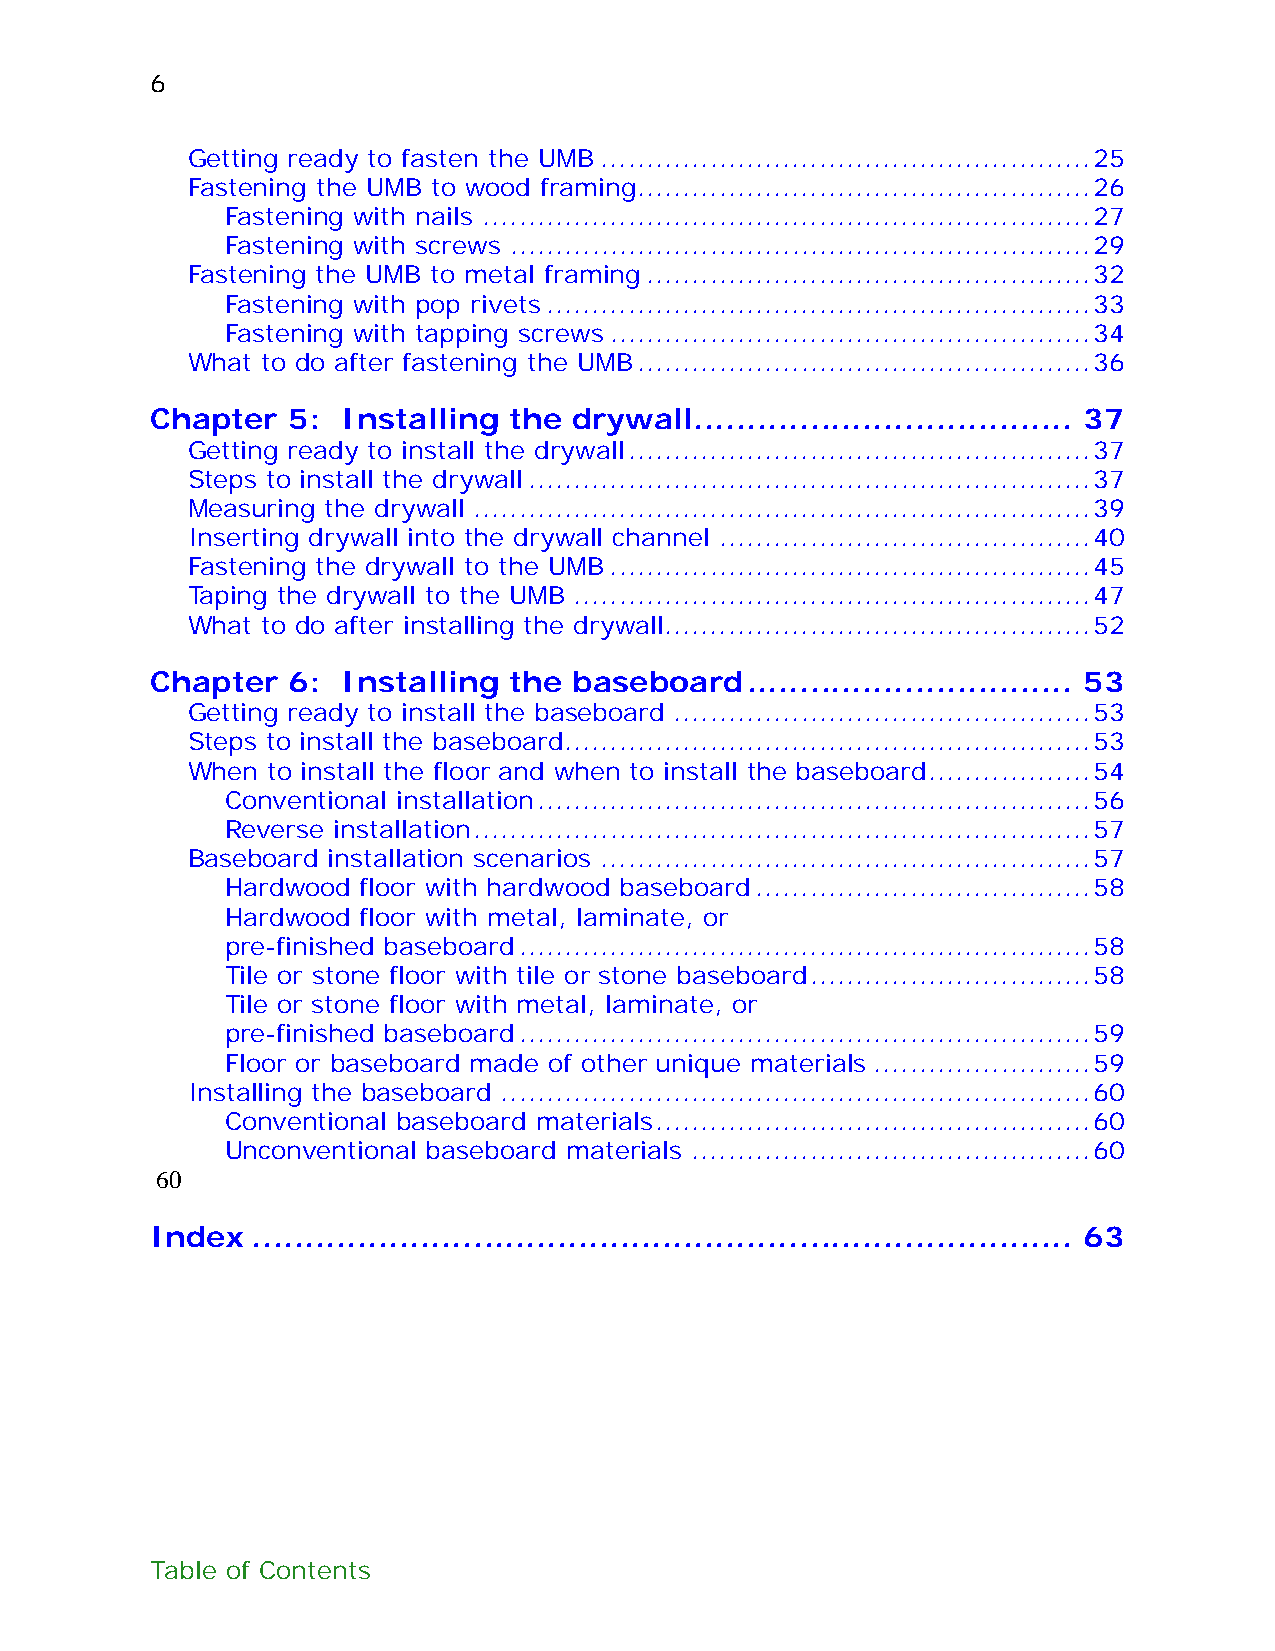
6
 Getting ready to fasten the UMB......................................................25
 Fastening the UMB to wood framing..................................................26
 Fastening with nails ...................................................................27
 Fastening with screws ................................................................29
 Fastening the UMB to metal framing.................................................32
 Fastening with pop rivets............................................................33
 Fastening with tapping screws.....................................................34
 What to do after fastening the UMB..................................................36
 Chapter  5:  Installing the drywall.................................... 37
 Getting ready to install the drywall...................................................37
 Steps to install the drywall..............................................................37
 Measuring the drywall ....................................................................39
 Inserting drywall into the drywall channel .........................................40
 Fastening the drywall to the UMB.....................................................45
 Taping the drywall to the UMB .........................................................47
 What to do after installing the drywall...............................................52
 Chapter  6:  Installing the baseboard............................... 53
 Getting ready to install the baseboard ..............................................53
 Steps to install the baseboard..........................................................53
 When  to install the floor and when to install the baseboard..................54
 Conventional installation.............................................................56
 Reverse installation....................................................................57
 Baseboard installation scenarios ......................................................57
 Hardwood floor with hardwood baseboard.....................................58
 Hardwood floor with metal, laminate, or
 pre-finished baseboard...............................................................58
 Tile or stone floor with tile or stone baseboard...............................58
 Tile or stone floor with metal, laminate, or
 pre-finished baseboard...............................................................59
 Floor or baseboard made of other unique materials ........................59
 Installing the baseboard .................................................................60
 Conventional baseboard materials................................................60
 Unconventional baseboard materials ............................................60
 60
 Index  .............................................................................. 63
 Table of Contents